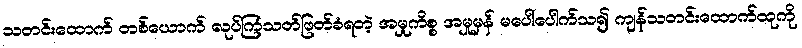
သတင်းထောက် တစ်ယောက် လုပ်ကြံသတ်ဖြတ်ခံရတဲ့ အမှုကိစ္စ အမှုမှန် မပေါ်ပေါက်သ၍ ကျန်သတင်းထောက်ထုကို